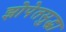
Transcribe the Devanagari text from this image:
झोपेतसुद्धा